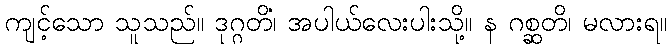
ကျင့်သော သူသည်။ ဒုဂ္ဂတိံ၊ အပါယ်လေးပါးသို့။ န ဂစ္ဆတိ၊ မလားရ။